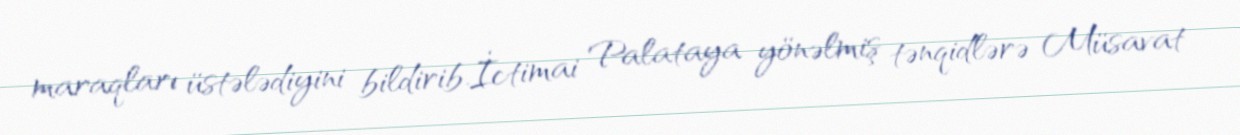
maraqları üstələdiyini bildirib.İctimai Palataya yönəlmiş tənqidlərə Müsavat